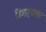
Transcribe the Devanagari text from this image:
विवाहावसर